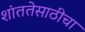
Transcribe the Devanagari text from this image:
शांततेसाठीचा